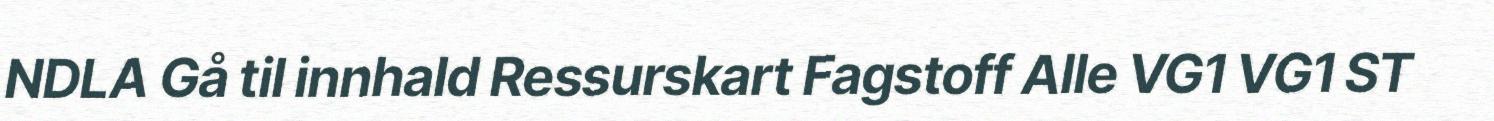
NDLA Gå til innhald Ressurskart Fagstoff Alle VG1 VG1 ST